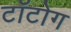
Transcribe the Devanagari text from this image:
टॉटोग